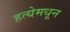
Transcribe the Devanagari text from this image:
हत्येमधून